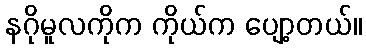
နဂိုမူလကိုက ကိုယ်က ပျော့တယ်။